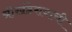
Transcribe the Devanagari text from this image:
श्रीखंडेरायाची